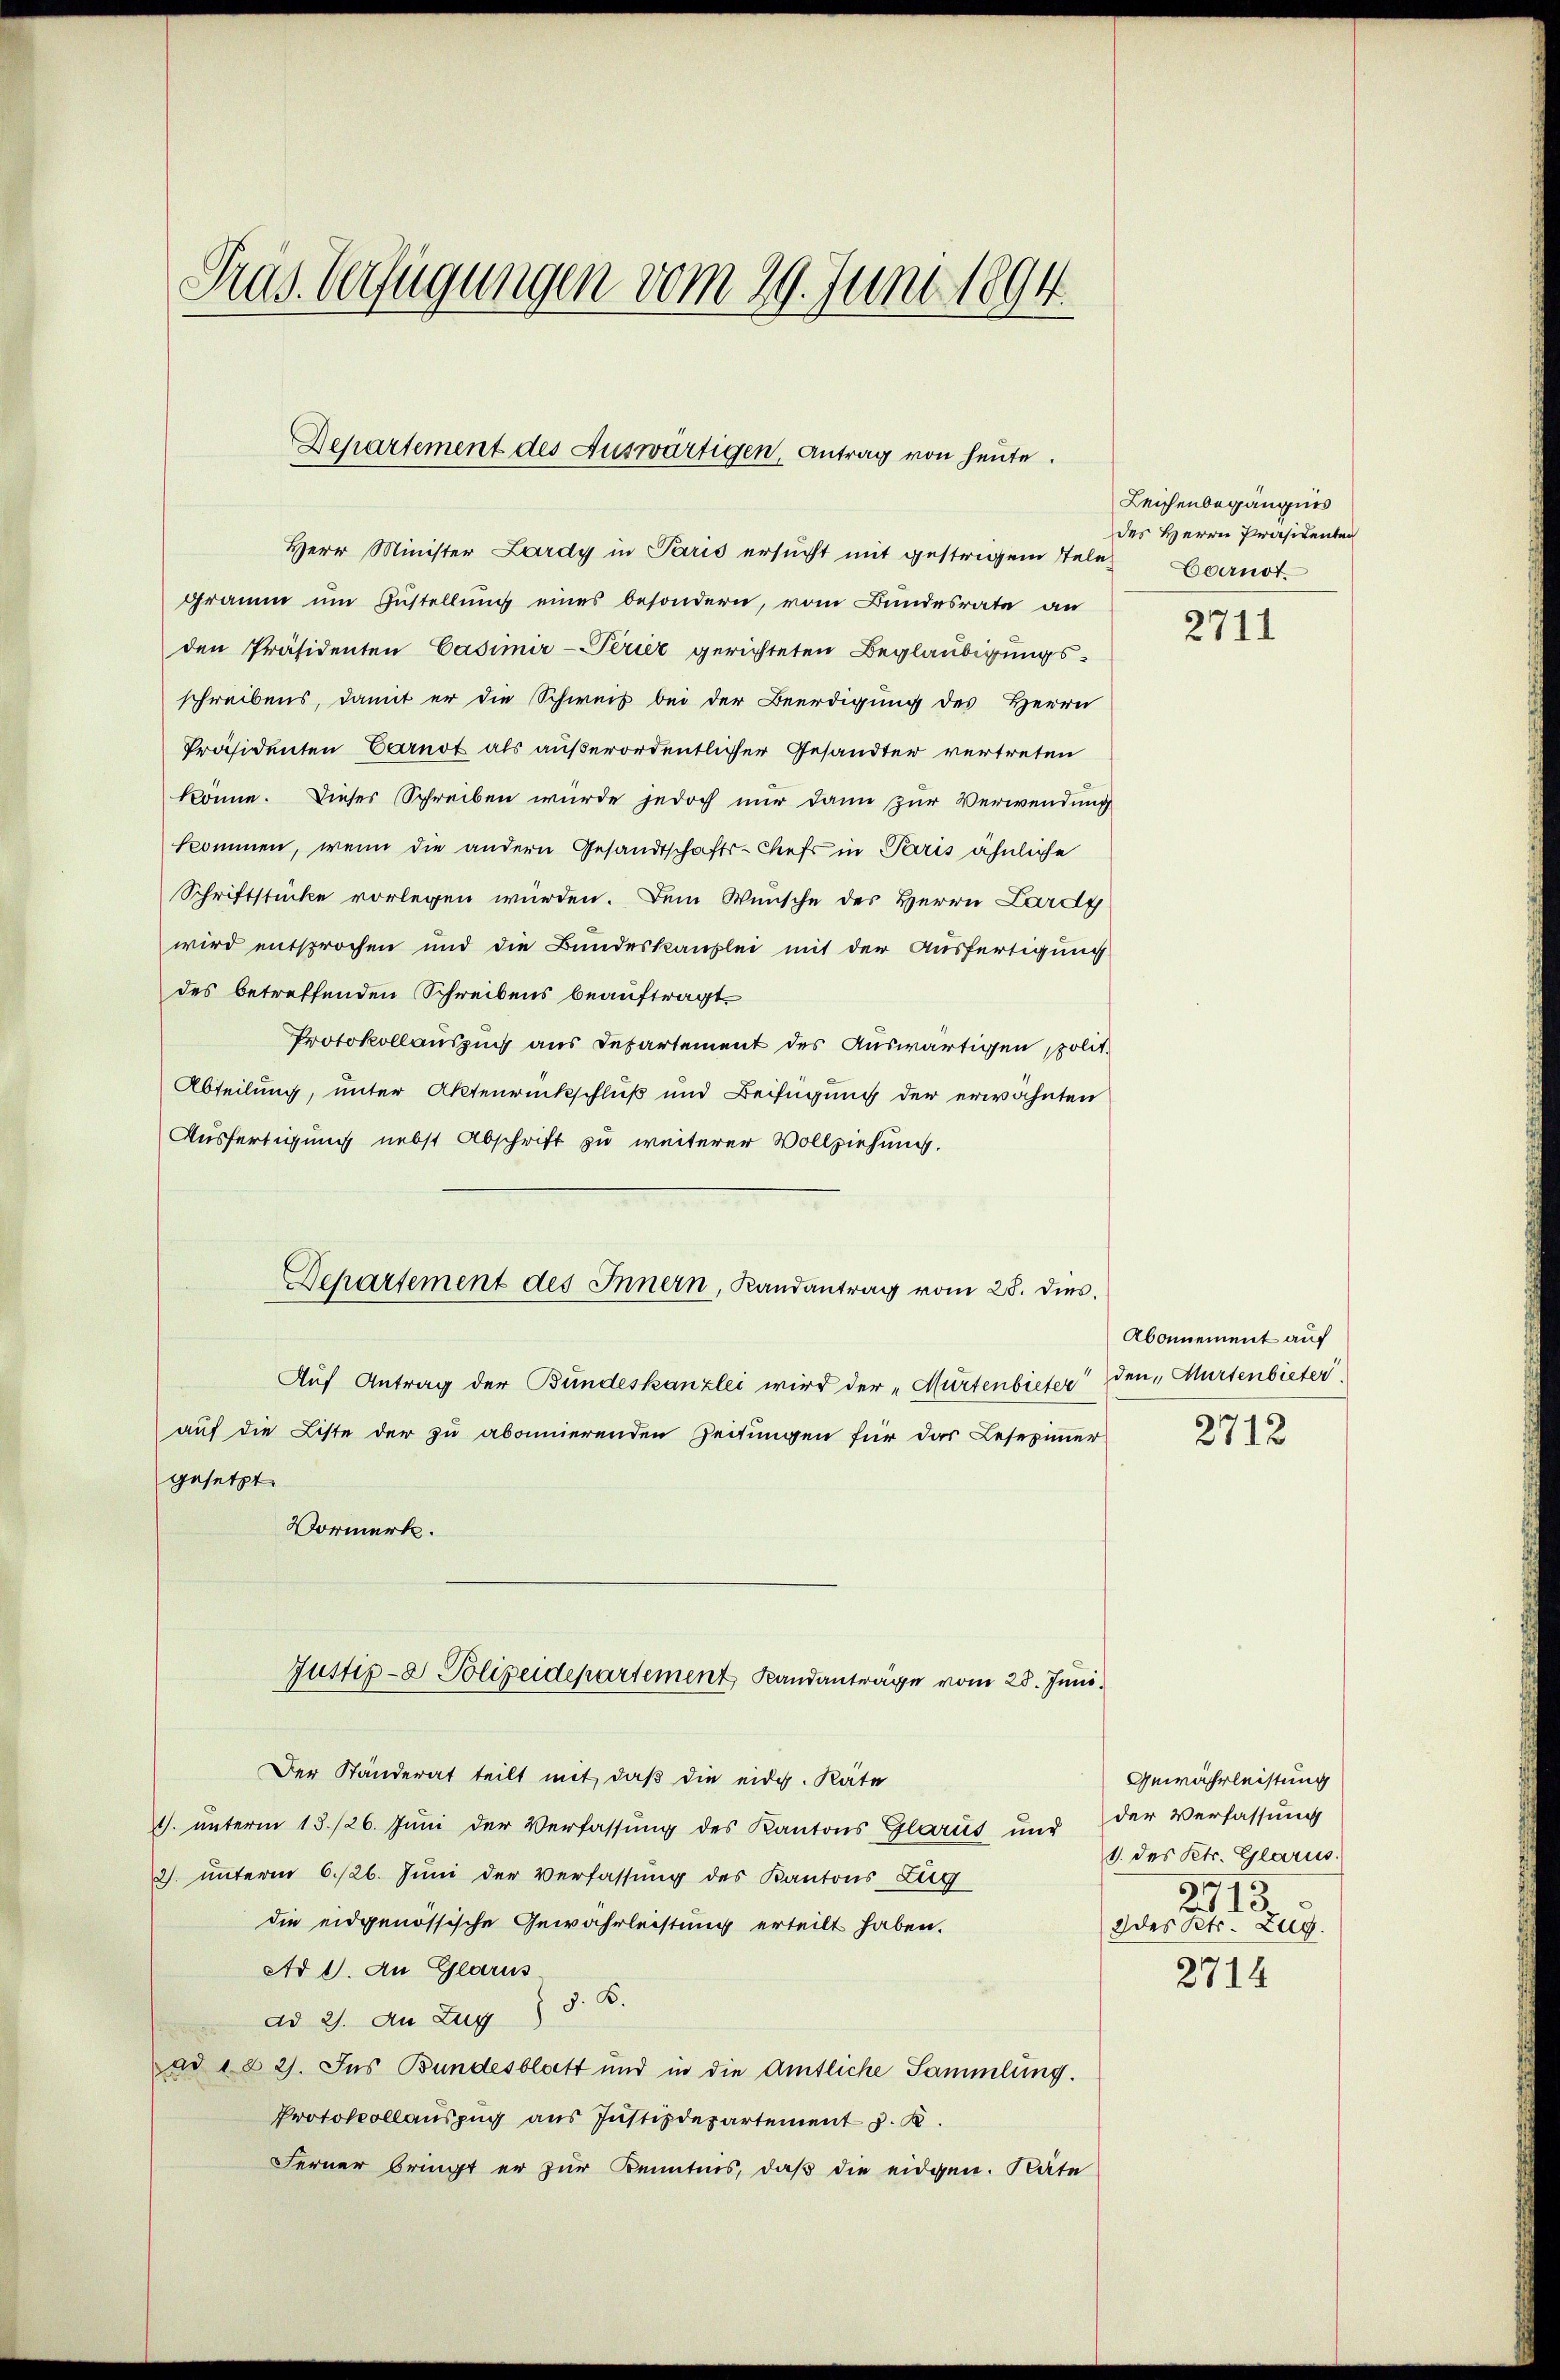
Pras Verfügungen vom 29. Juni 1894

Departement des Auswärtigen, Antrag von heute.

Herr Minister Lardy in Paris ersucht mit gestrigen Tele Carnot.
gramm um Zustellung eines besondern, vom Bundesrate an
den Präsidenten Casimir-erier gerichteten Beglaubigungsschreibens, damit er die Schweis bei der Beerdigung des Herrn
Präsidenten Carnot als außerordentlicher Gesandter vertreten
könne. Dieses Schreiben wurde jedoch nur dann zur Verwendung
kommen, wenn die andern Gesandtschafts-Chefs in Paris ähnliche
Schriftstücke vorlegen würden. Dem Wunsche des Herrn Lardy
wird entsprochen und die Bundeskanzlei mit der Ausfertigung
des betreffenden Schreibens beauftragt
Protokollauszug aus Departement des Auswärtigen, polit.
Abteilung, unter Aktenrückschluß und Beifügung der erwähnten
Ausfertigung nebst Abschrift zu weiterer Vollziehung.
auf die Liste der zu abonnerenden Zeitungen für das Lesezimmer
gesetzt.
Vormerk.
Justip-8 Polizeidepartement Landanträge vom 28. Juni.
Der Ständerat teilt mit, daß die eidg. Räte
1. ŭnterm 13./26. Jŭni der Verfassŭng des Kantons Glarus und der Verfassŭng
2. unterm 6./26. Juni der Verfassung des Kantons Zug
die eidgenössische Gewährleistung erteilt haben.
Ad 1. An Glarus.
ad 2. An Zug 8. B.
au 182). Ins Bundesblatt und in die Amtliche Sammlung.
Protokollauszug aus Justizdepartement z. K.
Ferner bringt er zur Kenntnis, daß die eidgen. Räte

Departement des Innern, Landantrag vom 28. dies
Auf Antrag der Bundeskanzlei wird der „Murtenbieter den Murtenbieter

Leichenbegängnis
des Herrn Präsidenten

2711

Abonnement auf
2712

Gewährleistung
1. des Kts. Glarus.
5
2it 13.
2 des Kts. Zug.

2714